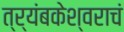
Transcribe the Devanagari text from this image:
त्र्यंबकेश्वराचं